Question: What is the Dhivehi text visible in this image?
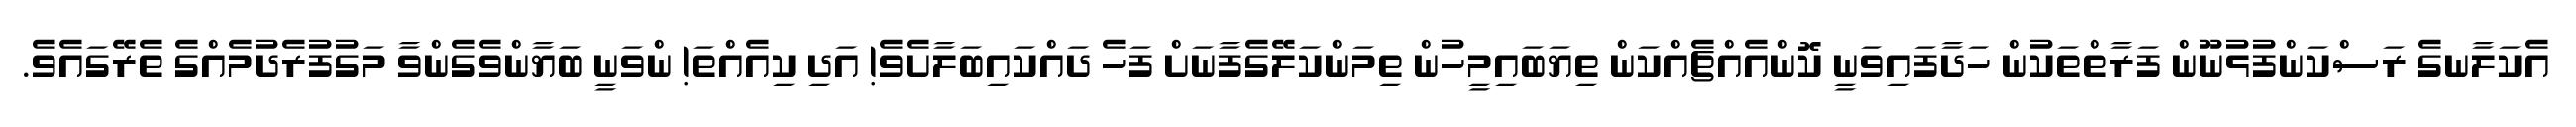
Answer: އެކަލާނގެ ރަސްކަންފުޅުނޫން ފަރާތްތަކުން ހަދާފައިވަނީ ކޮންއެއްޗެއްކަން ތިޔަބައިމީހުން ތިމަންކަލޭގެފާނަށް ފަހެ ދައްކައިބަލާށެވެ! އަދި ކިއެއްތަ! ންވަނީ ބަޔާންވެގެންވާ މަގުފުރެދުމެއްގެ ތެރޭގައެވެ.